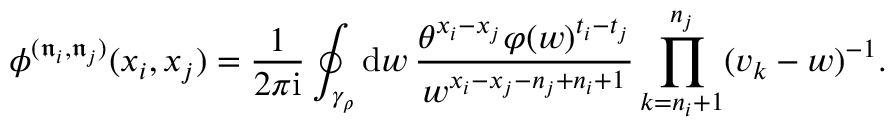
\phi ^ { ( \mathfrak { n } _ { i } , \mathfrak { n } _ { j } ) } ( x _ { i } , x _ { j } ) = \frac { 1 } { 2 \pi \mathrm { i } } \oint _ { \gamma _ { \rho } } \mathrm { d } w \, \frac { \theta ^ { x _ { i } - x _ { j } } \varphi ( w ) ^ { t _ { i } - t _ { j } } } { w ^ { x _ { i } - x _ { j } - n _ { j } + n _ { i } + 1 } } \prod _ { k = n _ { i } + 1 } ^ { n _ { j } } ( v _ { k } - w ) ^ { - 1 } .